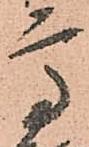
高